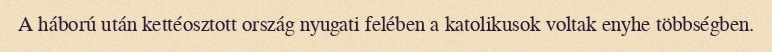
A háború után kettéosztott ország nyugati felében a katolikusok voltak enyhe többségben.